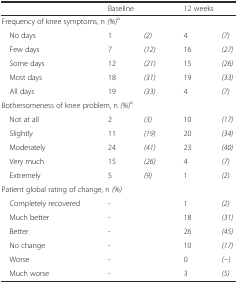
<table><thead><tr><td></td><td colspan="2"><b>Baseline</b></td><td colspan="2"><b>12 weeks</b></td></tr></thead><tbody><tr><td colspan="5">Frequency of knee symptoms, n <i>(%)</i><sup>a</sup></td></tr><tr><td> No days</td><td>1</td><td><i>(2)</i></td><td>4</td><td><i>(7)</i></td></tr><tr><td> Few days</td><td>7</td><td><i>(12)</i></td><td>16</td><td><i>(27)</i></td></tr><tr><td> Some days</td><td>12</td><td><i>(21)</i></td><td>15</td><td><i>(26)</i></td></tr><tr><td> Most days</td><td>18</td><td><i>(31)</i></td><td>19</td><td><i>(33)</i></td></tr><tr><td> All days</td><td>19</td><td><i>(33)</i></td><td>4</td><td><i>(7)</i></td></tr><tr><td colspan="5">Bothersomeness of knee problem, n <i>(%)</i><sup>a</sup></td></tr><tr><td> Not at all</td><td>2</td><td><i>(3)</i></td><td>10</td><td><i>(17)</i></td></tr><tr><td> Slightly</td><td>11</td><td><i>(19)</i></td><td>20</td><td><i>(34)</i></td></tr><tr><td> Moderately</td><td>24</td><td><i>(41)</i></td><td>23</td><td><i>(40)</i></td></tr><tr><td> Very much</td><td>15</td><td><i>(26)</i></td><td>4</td><td><i>(7)</i></td></tr><tr><td> Extremely</td><td>5</td><td><i>(9)</i></td><td>1</td><td><i>(2)</i></td></tr><tr><td colspan="5">Patient global rating of change, n <i>(%)</i></td></tr><tr><td> Completely recovered</td><td colspan="2">-</td><td>1</td><td><i>(2)</i></td></tr><tr><td> Much better</td><td colspan="2">-</td><td>18</td><td><i>(31)</i></td></tr><tr><td> Better</td><td colspan="2">-</td><td>26</td><td><i>(45)</i></td></tr><tr><td> No change</td><td colspan="2">-</td><td>10</td><td><i>(17)</i></td></tr><tr><td> Worse</td><td colspan="2">-</td><td>0</td><td><i>(−)</i></td></tr><tr><td> Much worse</td><td colspan="2">-</td><td>3</td><td><i>(5)</i></td></tr></tbody></table>